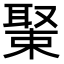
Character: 𦖰